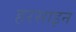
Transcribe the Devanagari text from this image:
हरसाइन